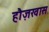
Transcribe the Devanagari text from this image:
हौज़खास